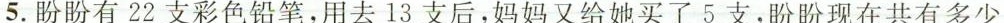
5.盼盼有22支彩色铅笔，用去13支后，妈妈又给她买了5支，盼盼现在共有多少